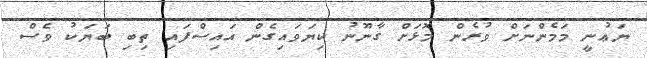
ޔަޢުނީ މަމެންނަށް ވުރެން މޮޅަށް ގާނޫނު ކިޔަވައިގެން އައިސްފައި ތިބި ބަޔަކު ވެސް